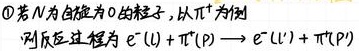
\textcircled{1}若$N$为自旋为$0$的粒子，以$\pi^{+}$为例
则反应过程为$e^{-}(l)+ \pi^{+}(p)\to e^{-}(l')+\pi^{+}(p')$